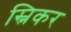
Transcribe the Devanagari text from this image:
स्निकर